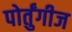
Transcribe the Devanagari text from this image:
पोर्तुंगीज